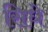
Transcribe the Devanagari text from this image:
सिधे